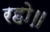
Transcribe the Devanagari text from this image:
रहो॥